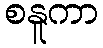
စနူကာ